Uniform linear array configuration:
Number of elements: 4
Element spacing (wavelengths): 0.5
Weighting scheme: hann
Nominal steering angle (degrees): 60
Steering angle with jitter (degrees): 59.459
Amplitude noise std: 0.05
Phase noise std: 0.05

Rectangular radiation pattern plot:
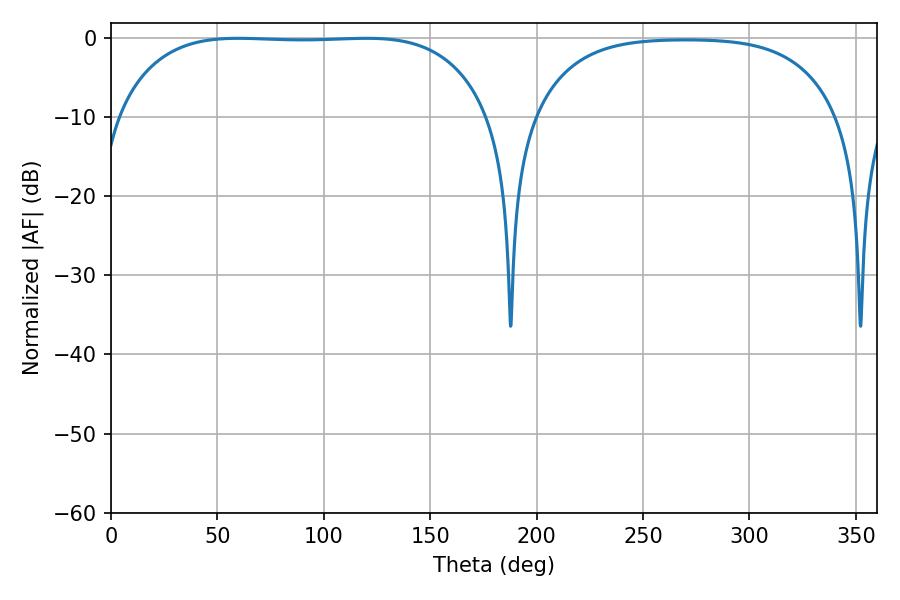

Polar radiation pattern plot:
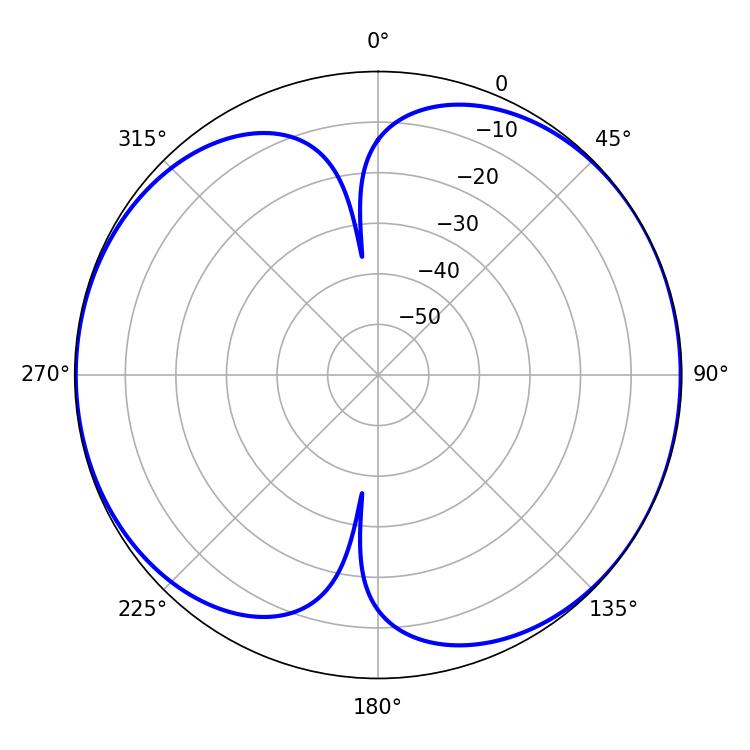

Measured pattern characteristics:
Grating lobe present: FALSE
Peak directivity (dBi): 7.33
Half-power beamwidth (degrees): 137.16
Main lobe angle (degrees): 59.76